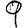
Digit: 9